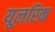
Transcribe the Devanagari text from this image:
यूलरिक